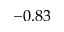
- 0 . 8 3